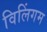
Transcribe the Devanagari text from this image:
विलिंगम